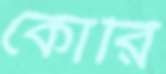
কোরি